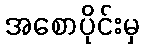
အစောပိုင်းမှ